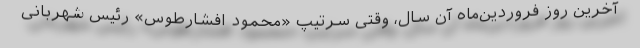
آخرین روز فروردین‌ماه آن سال، وقتی سرتیپ «محمود افشارطوس» رئیس شهربانی